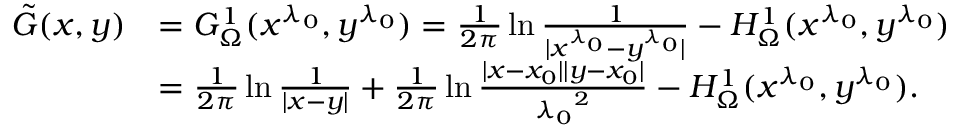
\begin{array} { r l } { \tilde { G } ( x , y ) } & { = G _ { \Omega } ^ { 1 } ( x ^ { \lambda _ { 0 } } , y ^ { \lambda _ { 0 } } ) = \frac { 1 } { 2 \pi } \ln \frac { 1 } { | x ^ { \lambda _ { 0 } } - y ^ { \lambda _ { 0 } } | } - H _ { \Omega } ^ { 1 } ( x ^ { \lambda _ { 0 } } , y ^ { \lambda _ { 0 } } ) } \\ & { = \frac { 1 } { 2 \pi } \ln \frac { 1 } { | x - y | } + \frac { 1 } { 2 \pi } \ln \frac { | x - x _ { 0 } | | y - x _ { 0 } | } { { \lambda _ { 0 } } ^ { 2 } } - H _ { \Omega } ^ { 1 } ( x ^ { \lambda _ { 0 } } , y ^ { \lambda _ { 0 } } ) . } \end{array}